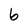
Character: 6